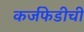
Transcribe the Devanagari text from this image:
कर्जफेडीची